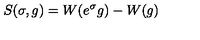
S ( \sigma , g ) = W ( e ^ { \sigma } g ) - W ( g )